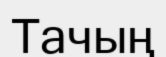
Тачың